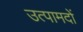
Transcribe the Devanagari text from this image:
उत्पामदों